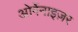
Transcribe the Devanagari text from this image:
ओर्गेनाइज़र